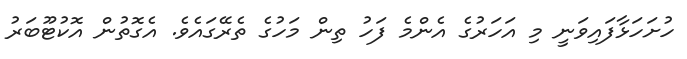
ހުށަހަޅާފައިވަނީ މި އަހަރުގެ އެންމެ ފަހު ތިން މަހުގެ ތެރޭގައެވެ. އެގޮތުން އޮކުޓޫބަރު